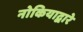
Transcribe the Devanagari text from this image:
नोकियाद्वारे